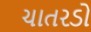
ચાતરડો